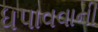
ધપાવવાની